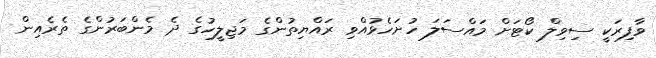
ވާފިރަކީ ސިވިލް ކޯޓަށް މައްސަލަ ހުށަހެޅުއްވި ރައްޔިތުންގެ މަޖިލީހުގެ ދެ މެންބަރުންގެ ތެރެއިން